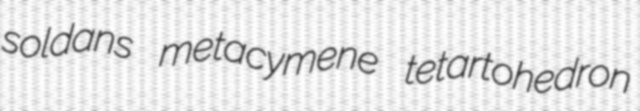
soldans metacymene tetartohedron